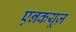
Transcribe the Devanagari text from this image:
एनकयूज़